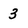
Character: 3